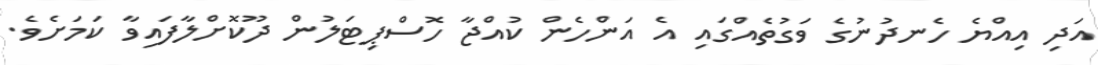
އަދި އިއްޔެ ހެނދުނުގެ ވަގުތެއްގައި އެ އަންހެން ކުއްޖާ ހޮސްޕިޓަލުން ދޫކޮށްލާފައިވާ ކަމަށެވެ.